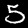
Label: 5